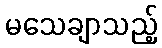
မသေချာသည့်